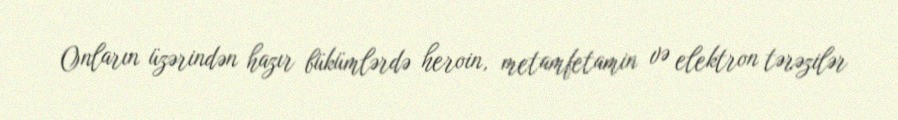
Onların üzərindən hazır bükümlərdə heroin, metamfetamin və elektron tərəzilər